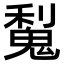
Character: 𫙋